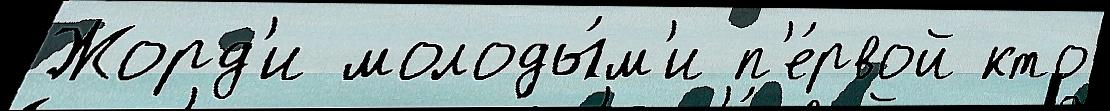
Жорд'и молоды́м'и п'е́рвой кто